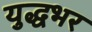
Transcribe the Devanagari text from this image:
युद्धभर